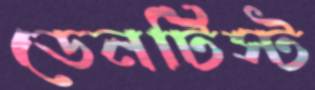
ডেনটিস্ট